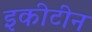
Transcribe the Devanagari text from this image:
इकीटीन